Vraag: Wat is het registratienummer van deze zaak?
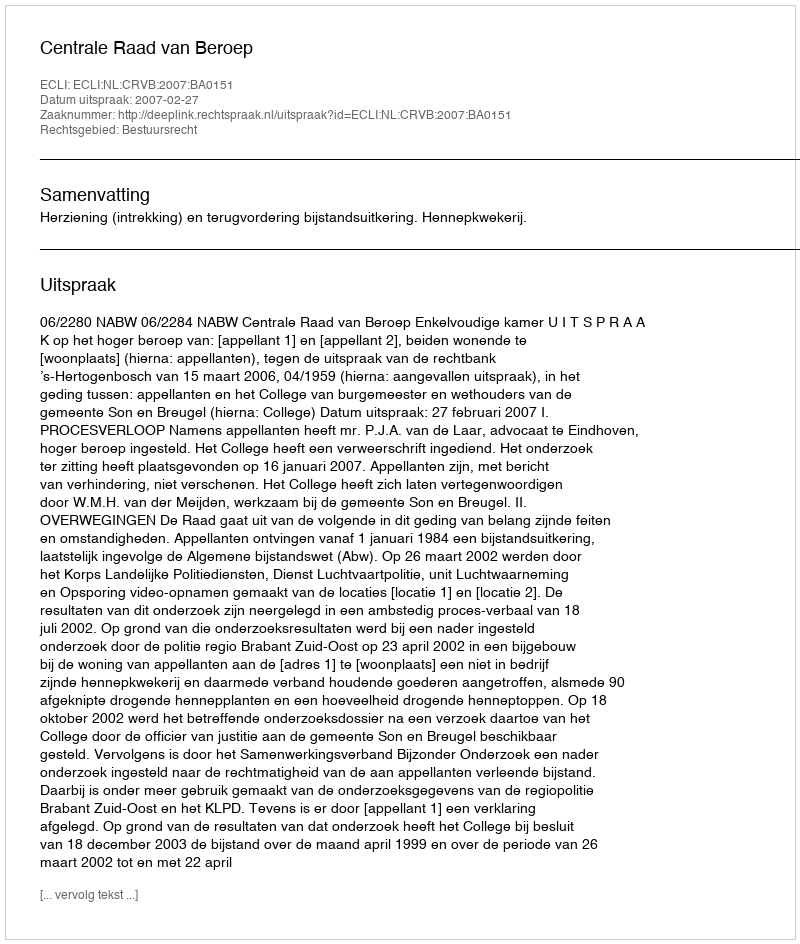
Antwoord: http://deeplink.rechtspraak.nl/uitspraak?id=ECLI:NL:CRVB:2007:BA0151